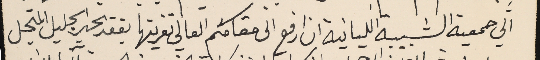
الي جمعية الشبيبة اللبنانية ان ارفع الى مقامكم العالي تعزيتها بفقد الحبر الجليل المتجل